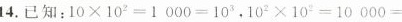
14.已知：10\times 10{2}=1000=10{3} ，10{2}\times 10{2}=10000=